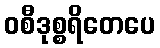
ဝစီဒုစ္စရိတေပေ